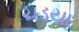
ચડયા